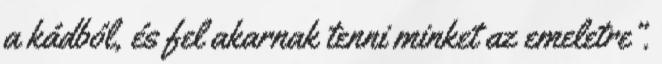
a kádból, és fel akarnak tenni minket az emeletre”.